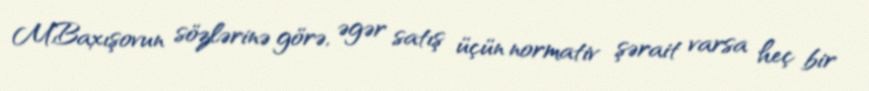
M.Baxışovun sözlərinə görə, əgər satış üçün normativ şərait varsa heç bir